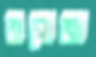
বাগোজা